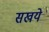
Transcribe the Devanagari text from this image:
सखये